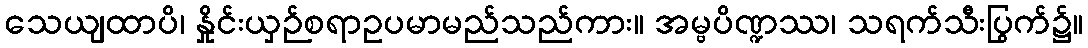
သေယျထာပိ၊ နှိုင်းယှဉ်စရာဥပမာမည်သည်ကား။ အမ္ဗပိဏ္ဍဿ၊ သရက်သီးပြွက်၌။